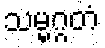
သမ္မဂ္ဂတံ